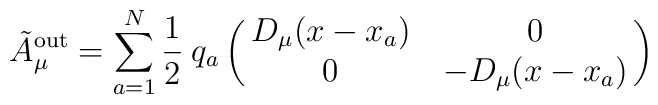
\tilde A^{\rm out}_{\mu} = \sum^N_{a=1} {1 \over 2}\: q_a\pmatrix{D_\mu (x-x_a) & 0 \cr 0 & -D_\mu (x-x_a)}